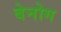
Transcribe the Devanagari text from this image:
बेनोग